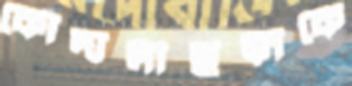
কোদালীছড়াকে